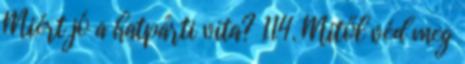
Miért jó a hatpárti vita? 114. Mitől véd meg